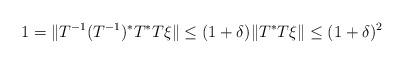
LaTeX: \begin{align*}1=\|T^{-1}(T^{-1})^*T^*T\xi\|\leq (1+\delta)\|T^*T\xi\|\leq (1+\delta)^2\end{align*}